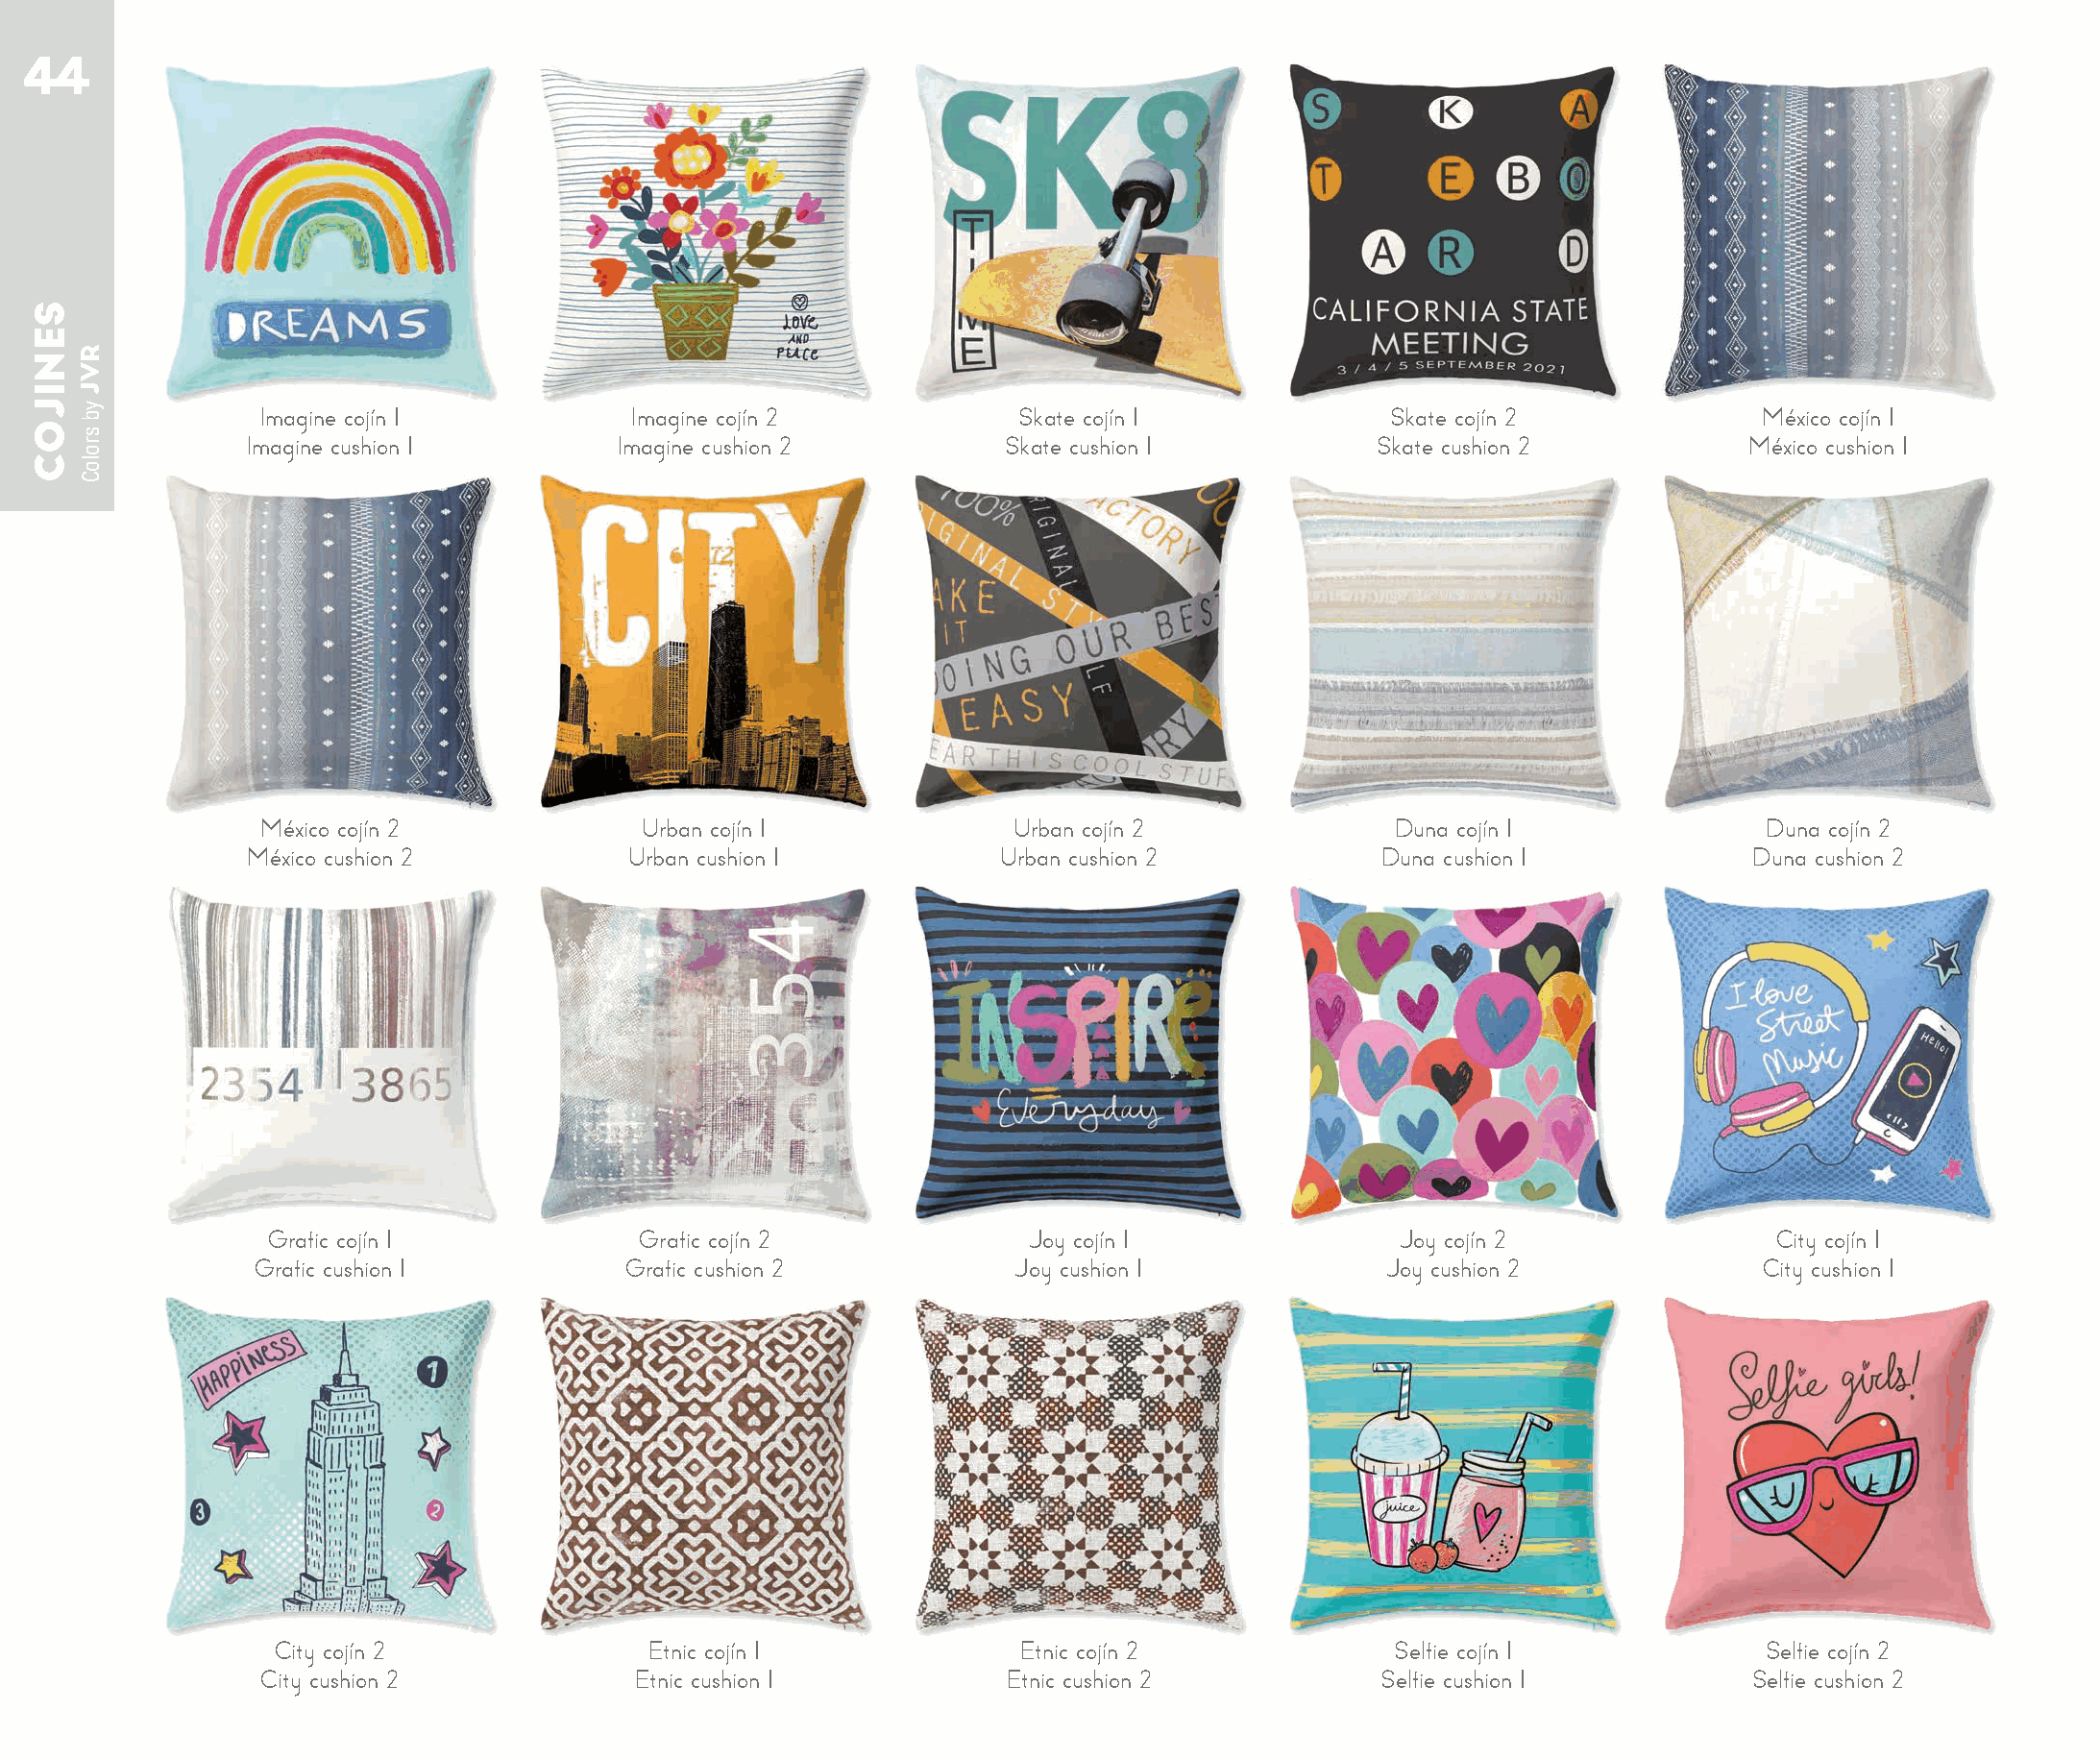
44
 Imagine cojín 1          Imagine cojín 2            Skate cojín 1             Skate cojín 2            México cojín 1
 Imagine cushion 1        Imagine cushion 2          Skate cushion 1           Skate cushion 2          México cushion 1
 México cojín 2            Urban cojín 1             Urban cojín 2             Duna cojín 1              Duna cojín 2
 México cushion 2          Urban cushion 1           Urban cushion 2           Duna cushion 1            Duna cushion 2
 Grafic cojín 1            Grafic cojín 2             Joy cojín 1              Joy cojín 2               City cojín 1
 Grafic cushion 1          Grafic cushion 2           Joy cushion 1            Joy cushion 2             City cushion 1
 City cojín 2              Etnic cojín 1            Etnic cojín 2             Selfie cojín 1            Selfie cojín 2
 City cushion 2            Etnic cushion 1          Etnic cushion 2           Selfie cushion 1          Selfie cushion 2
 SENIJOC
 RVJ
 yb
 sroloC